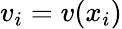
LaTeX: v_{i}=v(x_{i})